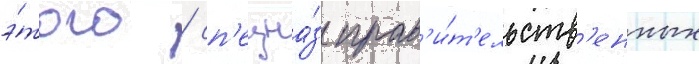
э́того / сп'ецна́з прав'и́т'ельств'енных